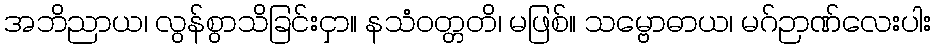
အဘိညာယ၊ လွန်စွာသိခြင်းငှာ။ နသံဝတ္တတိ၊ မဖြစ်။ သမ္ဗောဓာယ၊ မဂ်ဉာဏ်လေးပါး